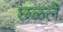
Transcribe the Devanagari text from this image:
छळले